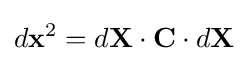
d\mathbf {x} ^{2}=d\mathbf {X} \cdot \mathbf {C} \cdot d\mathbf {X}